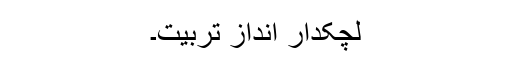
لچکدار اندازِ تربیّت۔